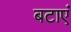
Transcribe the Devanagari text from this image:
बटाएं